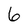
Character: 6